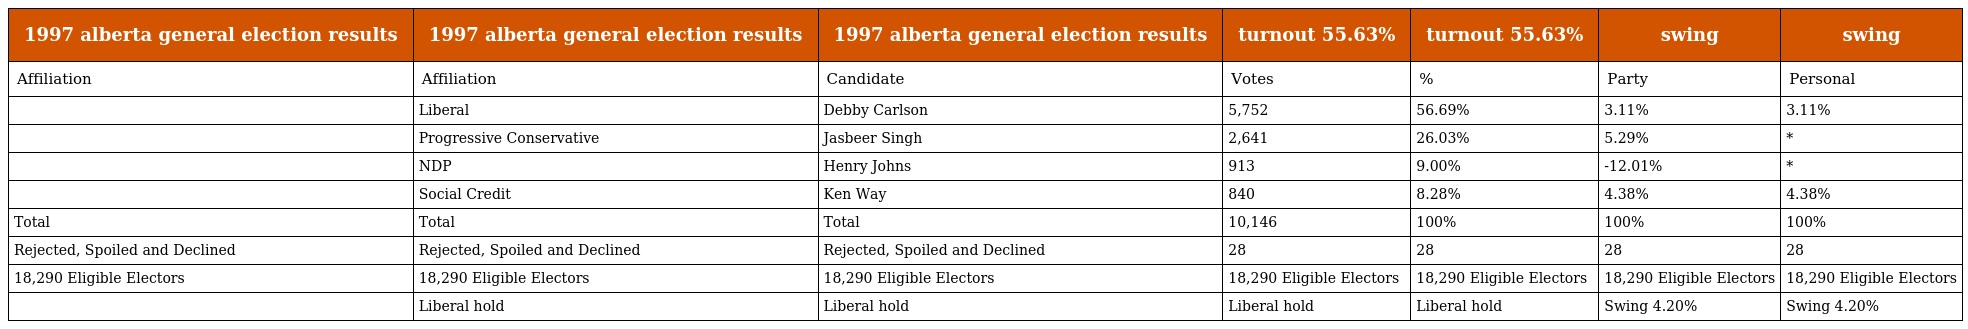
| 1997 alberta general election results | 1997 alberta general election results | 1997 alberta general election results | turnout 55.63% | turnout 55.63% | swing | swing |
 | --- | --- | --- | --- | --- | --- | --- |
 | Affiliation | Affiliation | Candidate | Votes | % | Party | Personal |
 |  | Liberal | Debby Carlson | 5,752 | 56.69% | 3.11% | 3.11% |
 |  | Progressive Conservative | Jasbeer Singh | 2,641 | 26.03% | 5.29% | * |
 |  | NDP | Henry Johns | 913 | 9.00% | -12.01% | * |
 |  | Social Credit | Ken Way | 840 | 8.28% | 4.38% | 4.38% |
 | Total | Total | Total | 10,146 | 100% | 100% | 100% |
 | Rejected, Spoiled and Declined | Rejected, Spoiled and Declined | Rejected, Spoiled and Declined | 28 | 28 | 28 | 28 |
 | 18,290 Eligible Electors | 18,290 Eligible Electors | 18,290 Eligible Electors | 18,290 Eligible Electors | 18,290 Eligible Electors | 18,290 Eligible Electors | 18,290 Eligible Electors |
 |  | Liberal hold | Liberal hold | Liberal hold | Liberal hold | Swing 4.20% | Swing 4.20% |